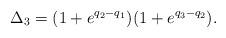
LaTeX: \begin{align*}\Delta_3=(1+e^{q_2-q_1})(1+e^{q_3-q_2}).\end{align*}